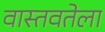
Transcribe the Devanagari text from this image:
वास्तवतेला